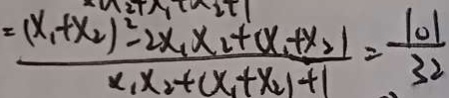
= \frac { ( x _ { 1 } + x _ { 2 } ) ^ { 2 } - 2 x _ { 1 } x _ { 2 } + ( x _ { 1 } + x _ { 2 } ) } { x _ { 1 } x _ { 2 } + ( x _ { 1 } + x _ { 2 } ) } + 1 = \frac { 1 0 1 } { 3 2 }